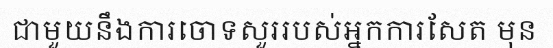
ជាមួយនឹងការចោទសួររបស់អ្នកការសែត មុន